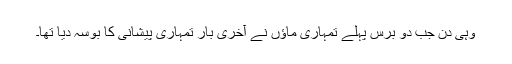
وہی دن جب دو برس پہلے تمہاری ماؤں نے آخری بار تمہاری پیشانی کا بوسہ دیا تھا۔